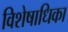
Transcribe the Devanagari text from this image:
विशेषाधिका